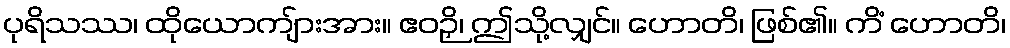
ပုရိသဿ၊ ထိုယောကျ်ားအား။ ဧဝဉှိ၊ ဤသို့လျှင်။ ဟောတိ၊ ဖြစ်၏။ ကိံ ဟောတိ၊